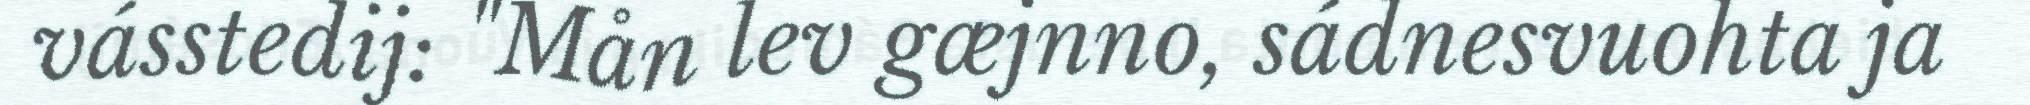
vásstedij: "Mån lev gæjnno, sádnesvuohta ja